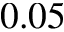
0 . 0 5